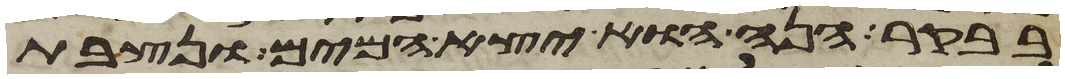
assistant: בבקר הנה הוא יצא המים ונצבת